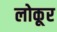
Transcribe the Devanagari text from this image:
लोकूर